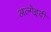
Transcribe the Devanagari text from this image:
अल्गेइदी